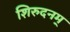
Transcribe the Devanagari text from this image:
शिरुदनम्